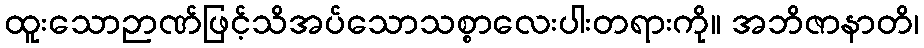
ထူးသောဉာဏ်ဖြင့်သိအပ်သောသစ္စာလေးပါးတရားကို။ အဘိဇာနာတိ၊